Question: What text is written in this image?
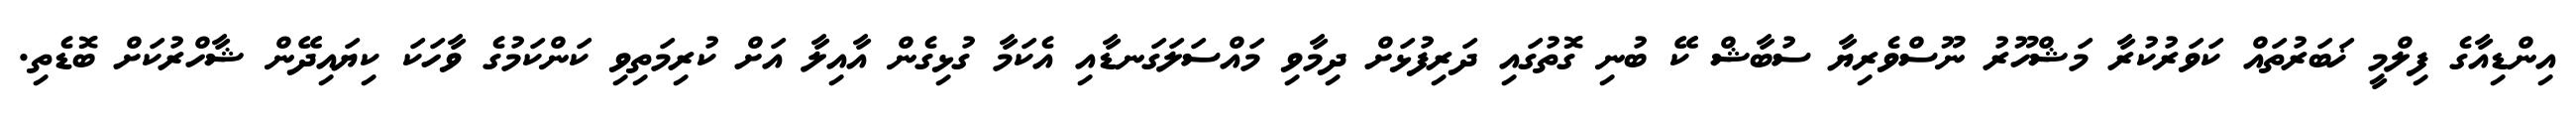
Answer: އިންޑިއާގެ ފިލްމީ ޚަބަރުތައް ކަވަރުކުރާ މަޝްހޫރު ނޫސްވެރިޔާ ސުބާޝް ކޭ ބުނި ގޮތުގައި ދަރިފުޅަށް ދިމާވި މައްސަލަގަނޑާއި އެކަމާ ގުޅިގެން އާއިލާ އަށް ކުރިމަތިވި ކަންކަމުގެ ވާހަކަ ކިޔައިދޭން ޝާހްރުކަށް ބޮޑެތި.